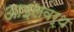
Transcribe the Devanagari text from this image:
आइलवर्थ